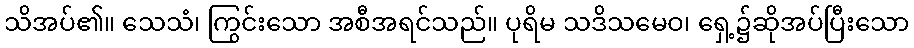
သိအပ်၏။ သေသံ၊ ကြွင်းသော အစီအရင်သည်။ ပုရိမ သဒိသမေဝ၊ ရှေ့၌ဆိုအပ်ပြီးသော